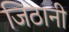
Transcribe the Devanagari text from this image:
जिठानी